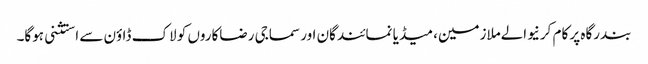
بندرگاہ پر کام کرنیوالےملازمین، میڈیا نمائندگان اور سماجی رضاکاروں کو لاک ڈاؤن سے استثنی ہوگا۔